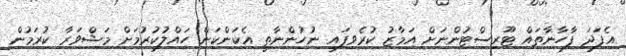
އެފަދަ ފާހާނާތައް ޓޫރިސްޓުންނަށް އަމާޒު ކުރެވިފައި ނުހުންނާތީ އެކަންކަން ހައްލުކުރުމަށް މަޝްވަރާ ކުރަމުން